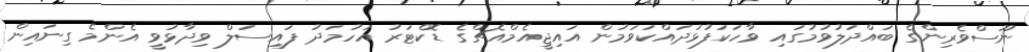
ނޫސްވެރިންގެ ބައްދަލުވުމުގައި ވާހަކަފުޅުދައްކަވަމުން އައިޖީއެމްއެޗްގެ ޑޮކްޓަރު އަހުމަދު ފައިސަލް ވިދާޅުވީ އެންމެ ގިނައިން